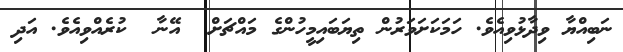
ނަބިއްޔާ ވިދާޅުވިއެވެ. ހަމަކަށަވަރުން ތިޔަބައިމީހުންގެ މައްޗަށް  އޭނާ  ކުރެއްވިއެވެ. އަދި